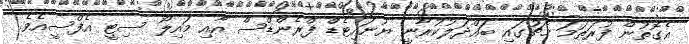
އެގޮތުން ފުރަތަމަ މެޗުގައި ބައްދަލުކުރާނީ ޔުނައިޓެޑް ފްރެންޑްސް އާއި މައިލޯ ސިޓީ އެފްސީއެވެ.